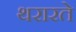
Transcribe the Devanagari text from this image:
थरारते